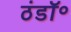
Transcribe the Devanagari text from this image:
ठंडॉ॰